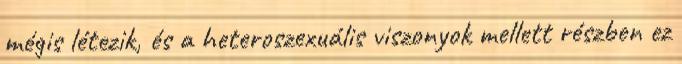
mégis létezik, és a heteroszexuális viszonyok mellett részben ez